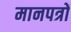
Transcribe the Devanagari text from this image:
मानपत्रों